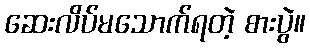
ဆေးလိပ်မသောက်ရတဲ့ စားပွဲ။